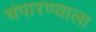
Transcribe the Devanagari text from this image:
चंपारण्याला